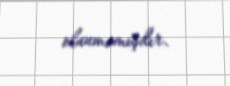
olunmamışdır.